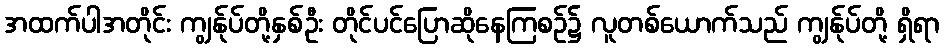
အထက်ပါအတိုင်း ကျွန်ုပ်တို့နှစ်ဦး တိုင်ပင်ပြောဆိုနေကြစဉ်၌ လူတစ်ယောက်သည် ကျွန်ုပ်တို့ ရှိရာ